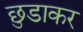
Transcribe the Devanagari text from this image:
छुडाकर